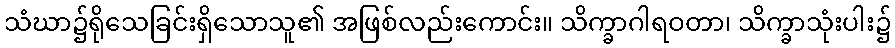
သံဃာ၌ရိုသေခြင်းရှိသောသူ၏ အဖြစ်လည်းကောင်း။ သိက္ခာဂါရဝတာ၊ သိက္ခာသုံးပါး၌